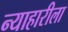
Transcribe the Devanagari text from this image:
न्याहारीला